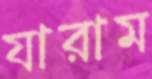
যারাম